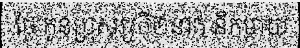
ថ្ងៃ កូនប្រុសស្រី២នាក់ នឹកម្តាយ